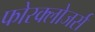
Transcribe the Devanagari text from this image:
फोरक्लोजर्स